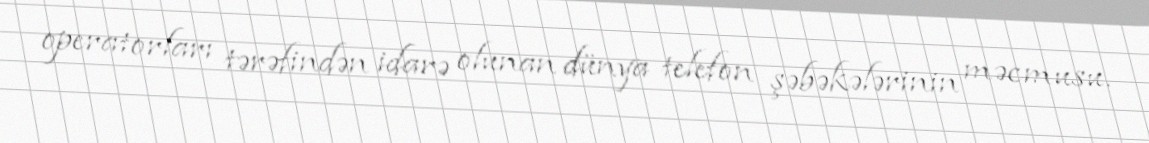
operatorları tərəfindən idarə olunan dünya telefon şəbəkələrinin məcmusu.